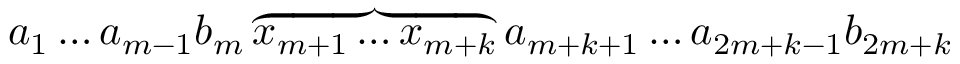
a _ { 1 } \dots a _ { m - 1 } b _ { m } \overbrace { x _ { m + 1 } \dots x _ { m + k } } a _ { m + k + 1 } \dots a _ { 2 m + k - 1 } b _ { 2 m + k }